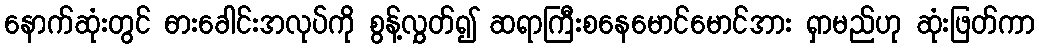
နောက်ဆုံးတွင် ဓားခေါင်းအလုပ်ကို စွန့်လွှတ်၍ ဆရာကြီးစနေမောင်မောင်အား ရှာမည်ဟု ဆုံးဖြတ်ကာ